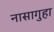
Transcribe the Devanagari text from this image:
नासागुहा